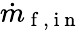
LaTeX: \dot{m}_{\mathrm{~f~,~i~n~}}